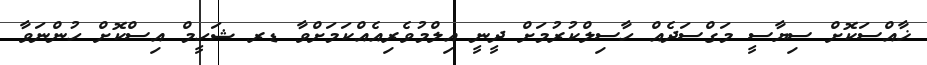
ޚާއްސަކޮށް ސިޔާސީ މަގްސަދެއް ހާސިލްކުރުމަށް ދީނީ އިލްމުވެރިއެއްކަމަށްވާ ޑރ ޝަހީމް އިސްކޮށް ހުންނަވާ